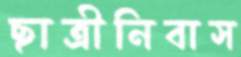
ছাত্রীনিবাস